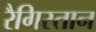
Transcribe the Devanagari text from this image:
रैगिस्तान